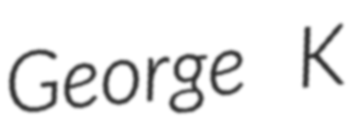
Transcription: George K